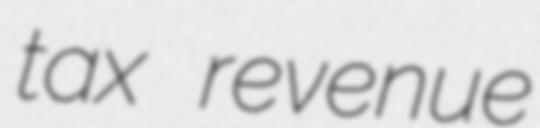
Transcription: tax revenue